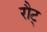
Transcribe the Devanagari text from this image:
रौट्